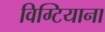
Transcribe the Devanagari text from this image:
विग्टियाना